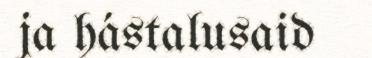
ja hástalusaid